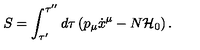
S = \int _ { \tau ^ { \prime } } ^ { \tau ^ { \prime \prime } } d \tau \left( p _ { \mu } \dot { x } ^ { \mu } - N { \cal H } _ { 0 } \right) .